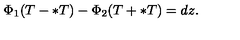
\Phi _ { 1 } ( T - \ast T ) - \Phi _ { 2 } ( T + \ast T ) = d z .